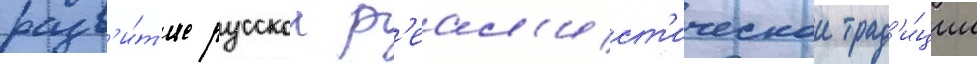
разв'и́т'ие русскои р'еал'ист'ическои трад'и́ции